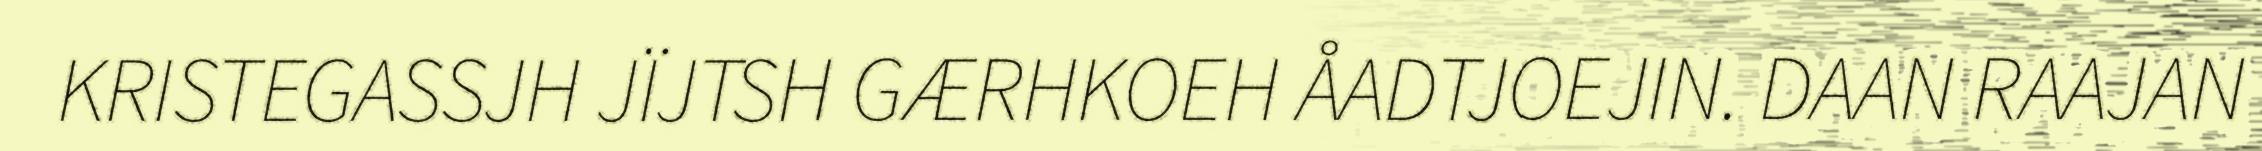
KRISTEGASSJH JÏJTSH GÆRHKOEH ÅADTJOEJIN. DAAN RAAJAN